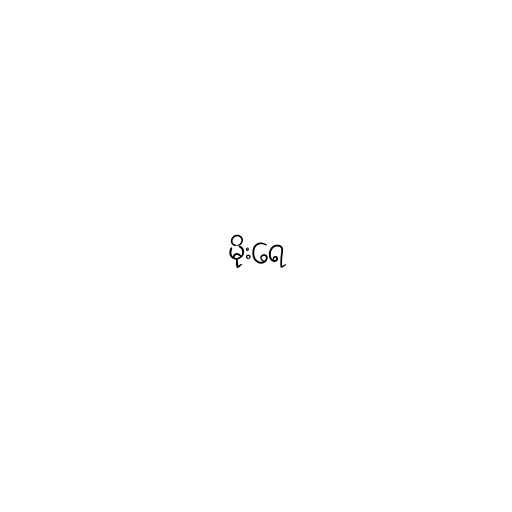
မိုးရေ